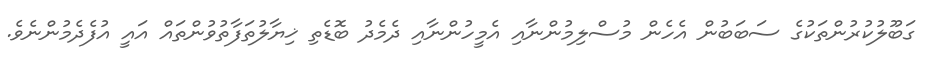
ގަބޫލުކުރުންތަކުގެ ސަބަބުން އެހެން މުސްލިމުންނާއި އެމީހުންނާއި ދެމެދު ބޮޑެތި ޚިޔާލުތަފާތުވުންތައް އައީ އުފެދެމުންނެވެ.